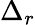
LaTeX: \Delta_{r}